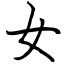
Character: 女